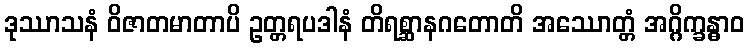
ဒုဿာသနံ ဝိဇာတမာတာပိ ဥတ္တရပဒါနံ တိရစ္ဆာနဂတောတိ အဿောတ္တံ အဂ္ဂိက္ခန္ဓာဝ